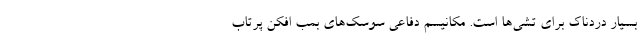
بسیار دردناک برای تشی‌ها است. مکانیسم دفاعی سوسک‌های بمب افکن پرتاب